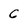
Character: C